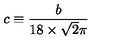
c \equiv \frac { b } { 1 8 \times \sqrt { 2 } \pi }